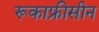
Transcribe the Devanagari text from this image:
रूकाफ्रीसीन